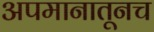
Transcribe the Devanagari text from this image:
अपमानातूनच